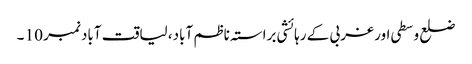
ضلع وسطی اور غربی کے رہائشی براستہ ناظم آباد، لیاقت آباد نمبر 10 ۔